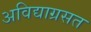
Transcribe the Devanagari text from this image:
अविद्याग्रसत